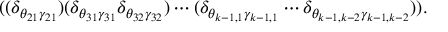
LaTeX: ( ( \delta _ { \theta _ { 2 1 } \gamma _ { 2 1 } } ) ( \delta _ { \theta _ { 3 1 } \gamma _ { 3 1 } } \delta _ { \theta _ { 3 2 } \gamma _ { 3 2 } } ) \cdots ( \delta _ { \theta _ { k - 1 , 1 } \gamma _ { k - 1 , 1 } } \cdots \delta _ { \theta _ { k - 1 , k - 2 } \gamma _ { k - 1 , k - 2 } } ) ) .